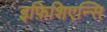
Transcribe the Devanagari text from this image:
इफ़िशिएन्सि